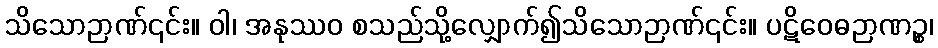
သိသောဉာဏ်၎င်း။ ဝါ၊ အနုဿဝ စသည်သို့လျှောက်၍သိသောဉာဏ်၎င်း။ ပဋိဝေဓဉာဏဉ္စ၊